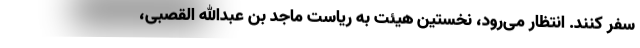
سفر کنند. انتظار می‌رود، نخستین هیئت به ریاست ماجد بن عبدالله القصبی،